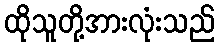
ထိုသူတို့အားလုံးသည်